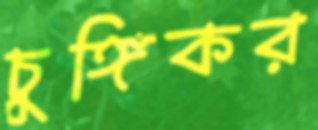
চুঙ্গিকর